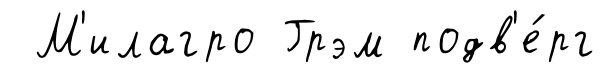
М'илагро Грэм подв'е́рг